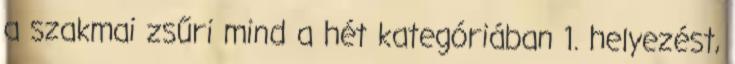
a szakmai zsűri mind a hét kategóriában 1. helyezést,